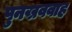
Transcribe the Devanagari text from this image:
पुनख्रववाह